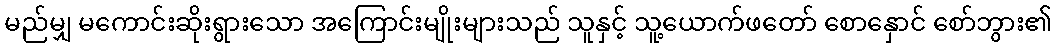
မည်မျှ မကောင်းဆိုးရွားသော အကြောင်းမျိုးများသည် သူနှင့် သူ့ယောက်ဖတော် စောနှောင် စော်ဘွား၏